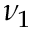
\nu _ { 1 }